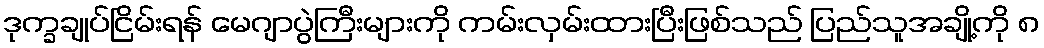
ဒုက္ခချုပ်ငြိမ်းရန် မေဂျာပွဲကြီးများကို ကမ်းလှမ်းထားပြီးဖြစ်သည် ပြည်သူအချို့ကို ၈